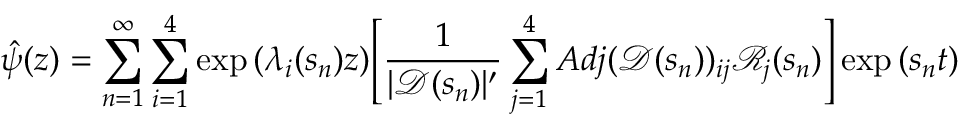
\hat { \psi } ( z ) = \sum _ { n = 1 } ^ { \infty } \sum _ { i = 1 } ^ { 4 } \exp { ( \lambda _ { i } ( s _ { n } ) z ) } \Bigg [ \frac { 1 } { | \mathscr { D } ( s _ { n } ) | ^ { \prime } } \sum _ { j = 1 } ^ { 4 } A d j ( \mathscr { D } ( s _ { n } ) ) _ { i j } \mathscr { R } _ { j } ( s _ { n } ) \Bigg ] \exp { ( s _ { n } t ) }